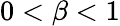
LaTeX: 0<\beta<1